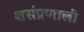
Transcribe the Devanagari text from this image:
शसंप्रणाली